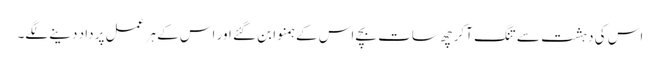
اس کی دہشت سے تنگ آکر چھ سات بچے اس کے ہمنوا بن گئے اور اس کے ہر عمل پر داد دینے لگے۔